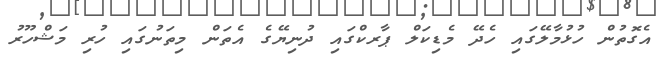
އެގޮތުން ހުޅުމާލޭގައި ހެދޭ މެޑިކަލް ޕާރކްގައި ދުނިޔޭގެ އެތަން މިތަނުގައި ހުރި މަޝްހޫރު